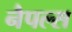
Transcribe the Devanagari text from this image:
नैपल्स